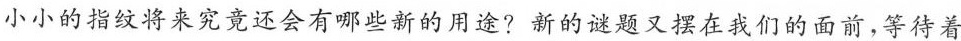
小小的指纹将来究竟还会有哪些新的用途?新的谜题又摆在我们的面前，等待着